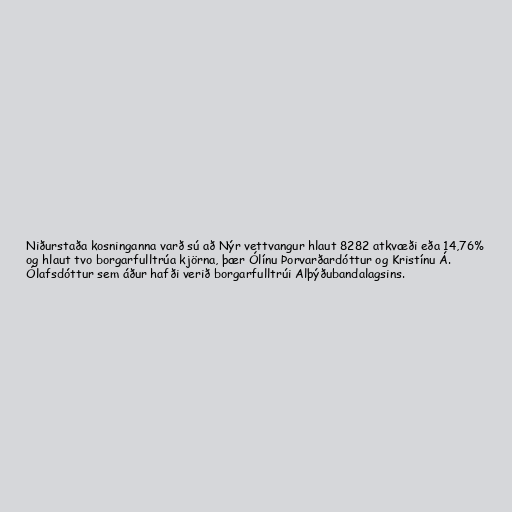
Niðurstaða kosninganna varð sú að Nýr vettvangur hlaut 8282 atkvæði eða 14,76%
og hlaut tvo borgarfulltrúa kjörna, þær Ólínu Þorvarðardóttur og Kristínu Á.
Ólafsdóttur sem áður hafði verið borgarfulltrúi Alþýðubandalagsins.